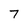
Character: 7